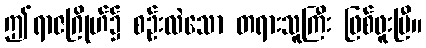
ဤရာဇဂြိုဟ်၌ စဉ်းလဲသော တရားသူကြီး ဖြစ်ဖူးပြီ။